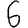
Digit: 6